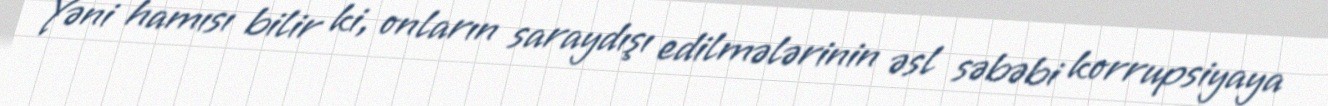
Yəni hamısı bilir ki, onların saraydışı edilmələrinin əsl səbəbi korrupsiyaya